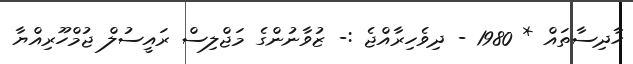
ޙާދިސާތައް * 1980 - ދިވެހިރާއްޖެ :- ޒުވާނުންގެ މަޖްލިސް ރައީސުލް ޖުމްހޫރިއްޔާ